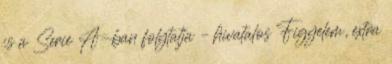
is a Serie A-ban folytatja – hivatalos Figyelem, extra